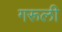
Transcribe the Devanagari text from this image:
गरूली